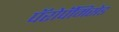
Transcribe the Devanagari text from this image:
पॅरोपॅमिसेड